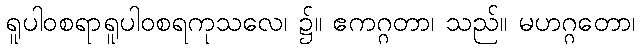
ရူပါဝစရာရူပါဝစရကုသလေ၊ ၌။ ဧကဂ္ဂတာ၊ သည်။ မဟဂ္ဂတော၊